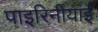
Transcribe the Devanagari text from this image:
पाइरिनीयाई